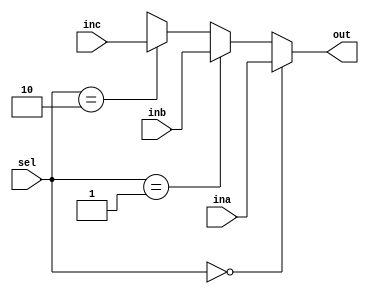
`timescale 1ns / 1ps
//////////////////////////////////////////////////////////////////////////////////
// Company: 
// Engineer: 
// 
// Design Name: 
// Module Name: mux3_1
// Project Name: 
// Target Devices: 
// Tool Versions: 
// Description: 
// 
// Dependencies: 
// 
// Revision:
// Revision 0.01 - File Created
// Additional Comments:
// 
//////////////////////////////////////////////////////////////////////////////////


module mux3_1(
    input [31:0] ina,
    input [31:0] inb,
    input [31:0] inc,
    input [1:0] sel,
    output [31:0] out
    );

    assign out = ( sel == 2'b00 )? ina : ( sel == 2'b01 )? inb : ( sel == 2'b10 )? inc : 32'bx;
  //assign out = ( sel == 2'b01 )? inb : ( sel == 2'b10 )? inc : ina;

endmodule